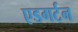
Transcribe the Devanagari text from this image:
एडगर्टन